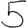
Digit: 5